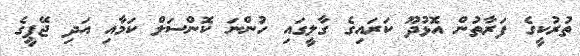
ތުރުކީގެ ފަރާތުން އޮޅުދޫ ކަރައިގެ ގާލީގައި ހުންނަ ކޮންސަލް ކަމާއި އަދި ޖޭޕީގެ